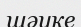
шәуке